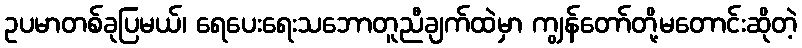
ဥပမာတစ်ခုပြမယ်၊ ရေပေးရေးသဘောတူညီချက်ထဲမှာ ကျွန်တော်တို့မတောင်းဆိုတဲ့